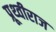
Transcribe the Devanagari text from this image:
प्रूथ्‍वीराज